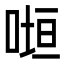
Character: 𭈲